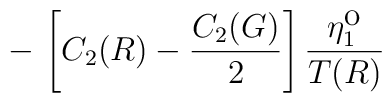
- \, \left[ C_2(R) - \frac{C_2(G)}{2} \right] \frac{\eta^{\mbox{o}}_1}{T(R)}